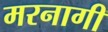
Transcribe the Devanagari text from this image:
मरनागी